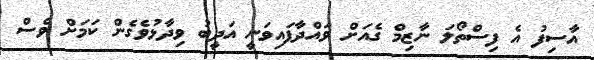
އާސިފު އެ ފިސްތޯލަ ނާޒިމް ގެއަށް ވައްދާފައިވަނީ އަދީބު ވިދާޅުވެގެން ކަމަށް ވެސް